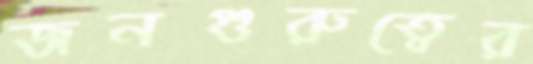
জনগুরুত্বের